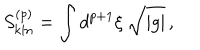
S _ { \mathrm { k i n } } ^ { ( p ) } = \int d ^ { p + 1 } \xi \ \sqrt { | g | } \, ,